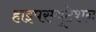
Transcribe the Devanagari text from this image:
हाइपरम्यूटेशन